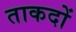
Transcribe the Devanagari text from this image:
ताकदों